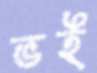
ভই